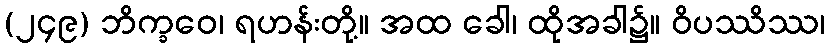
(၂၄၉) ဘိက္ခဝေ၊ ရဟန်းတို့။ အထ ခေါ၊ ထိုအခါ၌။ ဝိပဿိဿ၊